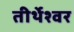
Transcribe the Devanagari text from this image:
तीर्थेश्वर